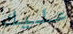
عليك